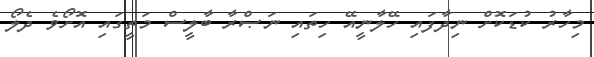
މިހާރު ކުޑަކޮށް ނިދާފައި ހޭލާނީއޭ ހިތައި ނަޞްރާ ބާލީސް މަތީގައި އޮށޯވެ ދެލޯ